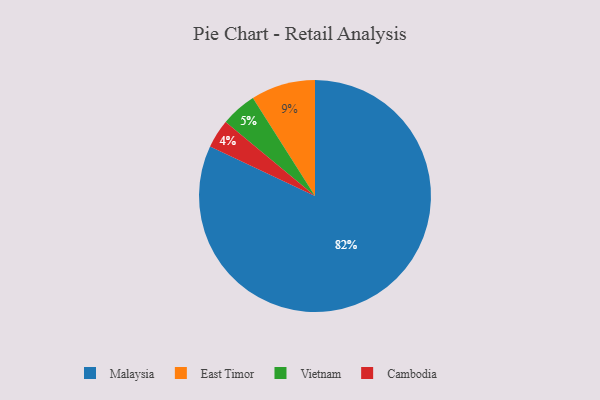
{"axis": {"x": "Category", "y": "Percentage"}, "legend": ["Cambodia", "East Timor", "Malaysia", "Vietnam"], "data": [{"x": "Vietnam", "y": 5, "type": "Vietnam"}, {"x": "Cambodia", "y": 4, "type": "Cambodia"}, {"x": "East Timor", "y": 9, "type": "East Timor"}, {"x": "Malaysia", "y": 82, "type": "Malaysia"}]}